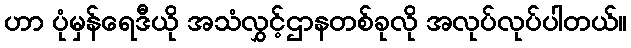
ဟာ ပုံမှန်ရေဒီယို အသံလွှင့်ဌာနတစ်ခုလို အလုပ်လုပ်ပါတယ်။